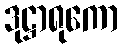
ဒုဋ္ဌာရုကော